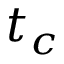
t _ { c }